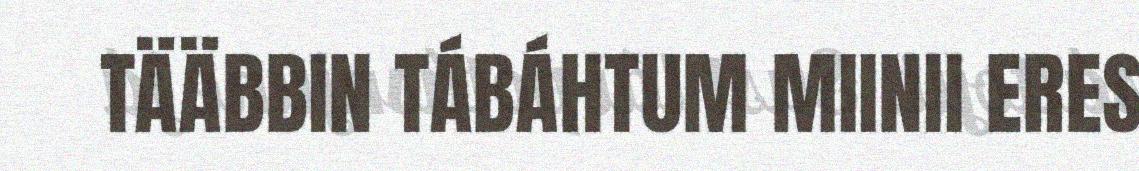
TÄÄBBIN TÁBÁHTUM MIINII ERES